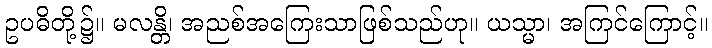
ဥပဓိတို့၌။ မလန္တိ၊ အညစ်အကြေးသာဖြစ်သည်ဟု။ ယသ္မာ၊ အကြင်ကြောင့်။